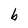
Character: b